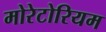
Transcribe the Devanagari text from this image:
मोरेटोरियम